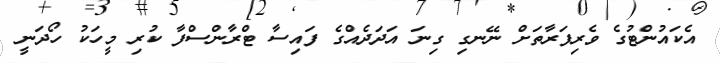
އެކައުންޓުގެ ވެރިފަރާތަށް ނޭނގި ގިނަ އަދަދެއްގެ ފައިސާ ޓްރާންސްފާ ކުރި މީހަކު ހޯދަނީ